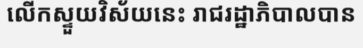
លើកស្ទួយវិស័យនេះ រាជរដ្ឋាភិបាលបាន